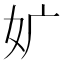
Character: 㚧